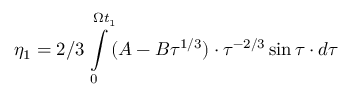
\eta _ { 1 } = 2 / 3 \intop _ { 0 } ^ { \Omega t _ { 1 } } ( A - B \tau ^ { 1 / 3 } ) \cdot \tau ^ { - 2 / 3 } \sin \tau \cdot d \tau